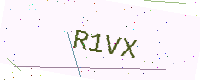
Text: R1VX